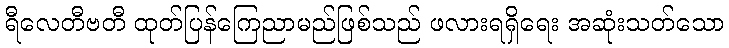
ရီလေတီဗတီ ထုတ်ပြန်ကြေညာမည်ဖြစ်သည် ဖလားရရှိရေး အဆုံးသတ်သော